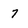
Character: 7